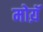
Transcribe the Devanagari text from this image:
मोय़ॅ